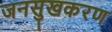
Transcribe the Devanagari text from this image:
जनसुखकरण